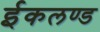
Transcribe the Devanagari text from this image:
ईकलण्ड